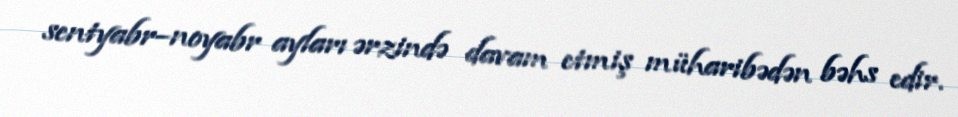
sentyabr–noyabr ayları ərzində davam etmiş müharibədən bəhs edir.